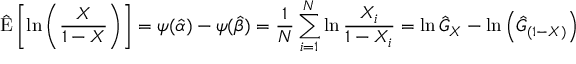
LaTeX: { \hat { \operatorname { E } } } \left[ \ln \left( { \frac { X } { 1 - X } } \right) \right] = \psi ( { \hat { \alpha } } ) - \psi ( { \hat { \beta } } ) = { \frac { 1 } { N } } \sum _ { i = 1 } ^ { N } \ln { \frac { X _ { i } } { 1 - X _ { i } } } = \ln { \hat { G } } _ { X } - \ln \left( { \hat { G } } _ { ( 1 - X ) } \right)